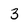
Character: 3